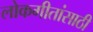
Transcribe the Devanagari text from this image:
लोकगीतांसाठी